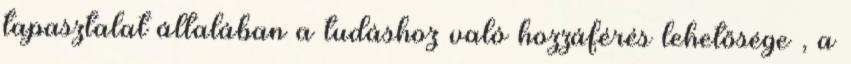
tapasztalat általában a tudáshoz való hozzáférés lehetősége , a